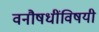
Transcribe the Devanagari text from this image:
वनौषधींविषयी